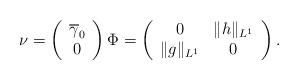
LaTeX: \begin{align*}\nu=\left(\begin{array}{c}\overline{\gamma}_{0}\\0\end{array}\right)\Phi=\left(\begin{array}{cc}0 & \Vert h\Vert_{L^{1}}\\\Vert g\Vert_{L^{1}} & 0\end{array}\right).\end{align*}